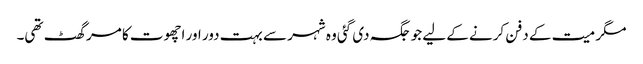
مگر میت کے دفن کرنے کے لیے جو جگہ دی گئی وہ شہر سے بہت دور اور اچھوت کا مرگھٹ تھی۔